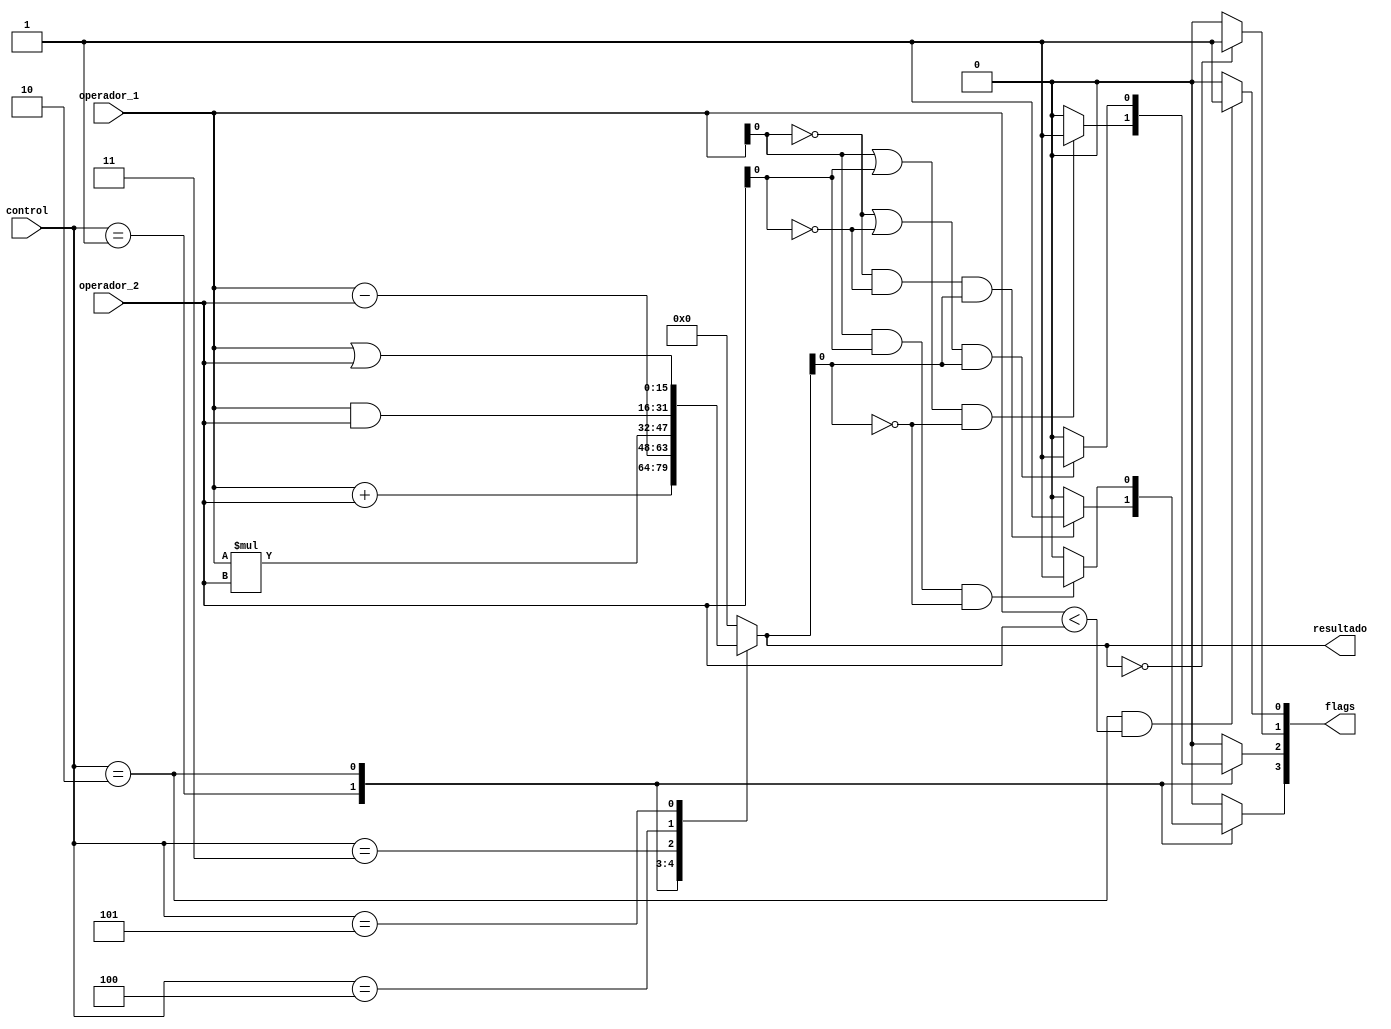
module ALU
#( parameter n =16
)(
    input [15:0] operador_1,
    input [15:0] operador_2,
    input [2:0] control,
    output wire [3:0] flags,
    output reg [15:0] resultado
    );
   
    reg V,C,Z,N;
    
    assign flags={V,C,Z,N};
    
    
    always @(*) begin
        case(control)
            3'd1: resultado= operador_1 + operador_2;
            3'd2: resultado= operador_1 - operador_2;
            3'd3: resultado= operador_1 * operador_2;
            3'd4: resultado= operador_1 & operador_2;
            3'd5: resultado= operador_1 | operador_2;
            default resultado = 16'b0;
        endcase
    end
    
    always @(*) begin
        case(control)
            3'd1: begin
                        if(operador_1[0]==1'b0 & operador_2[0]==1'b0 & resultado[0]==1'b1) begin
                            V=1'b1;
                        end
                        else begin
                            V=1'b0;
                        end
                        
                        if((operador_1[0]==1'b1 | operador_2[0]==1'b1) & resultado[0]==1'b0) begin
                            C=1'b1;
                        end
                        else begin
                            C=1'b0;
                        end
                  end  
                   
            3'd2: begin
                        if (operador_1[0]==1'b1 & operador_2[0]==1'b1 & resultado[0]==1'b0) begin
                            V=1'b1;
                        end
                        else begin
                            V=1'b0;
                        end
                        if ((operador_1[0]==1'b0 | operador_2[0]==1'b0) & resultado[0]==1'b1) begin
                            C=1'b1;
                        end
                        else begin
                            C=1'b0;
                        end
                        
                  end
            default:{V,C}={1'b0,1'b0};
         endcase
       
       if (control==3'd2 & operador_1 < operador_2) begin
            N=1'b1;
       end
       else begin
            N=1'b0;
       end
       
       if (resultado==16'b0) begin
            Z=1'b1;
       end
       else begin
           Z=1'b0;
       end
    end
    
    
endmodule